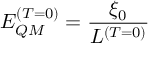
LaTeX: E _ { Q M } ^ { ( T = 0 ) } = \frac { \xi _ { 0 } } { L ^ { ( T = 0 ) } }